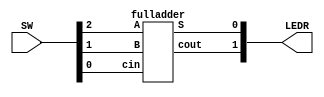
module full(LEDR, SW);
    input [9:7] SW;
    output [1:0] LEDR;

    fulladder a0(
        .A(SW[9]),
        .B(SW[8]),
        .cin(SW[7]),
        .cout(LEDR[1]),
        .S(LEDR[0])
    );
endmodule



module fulladder(A, B, cin, cout, S);
    input A;
    input B;
    input cin;
    output cout;
    output S;
    
    assign S = cin ^ (A ^ B);
    assign cout = A & B | A & cin | B & cin;
endmodule